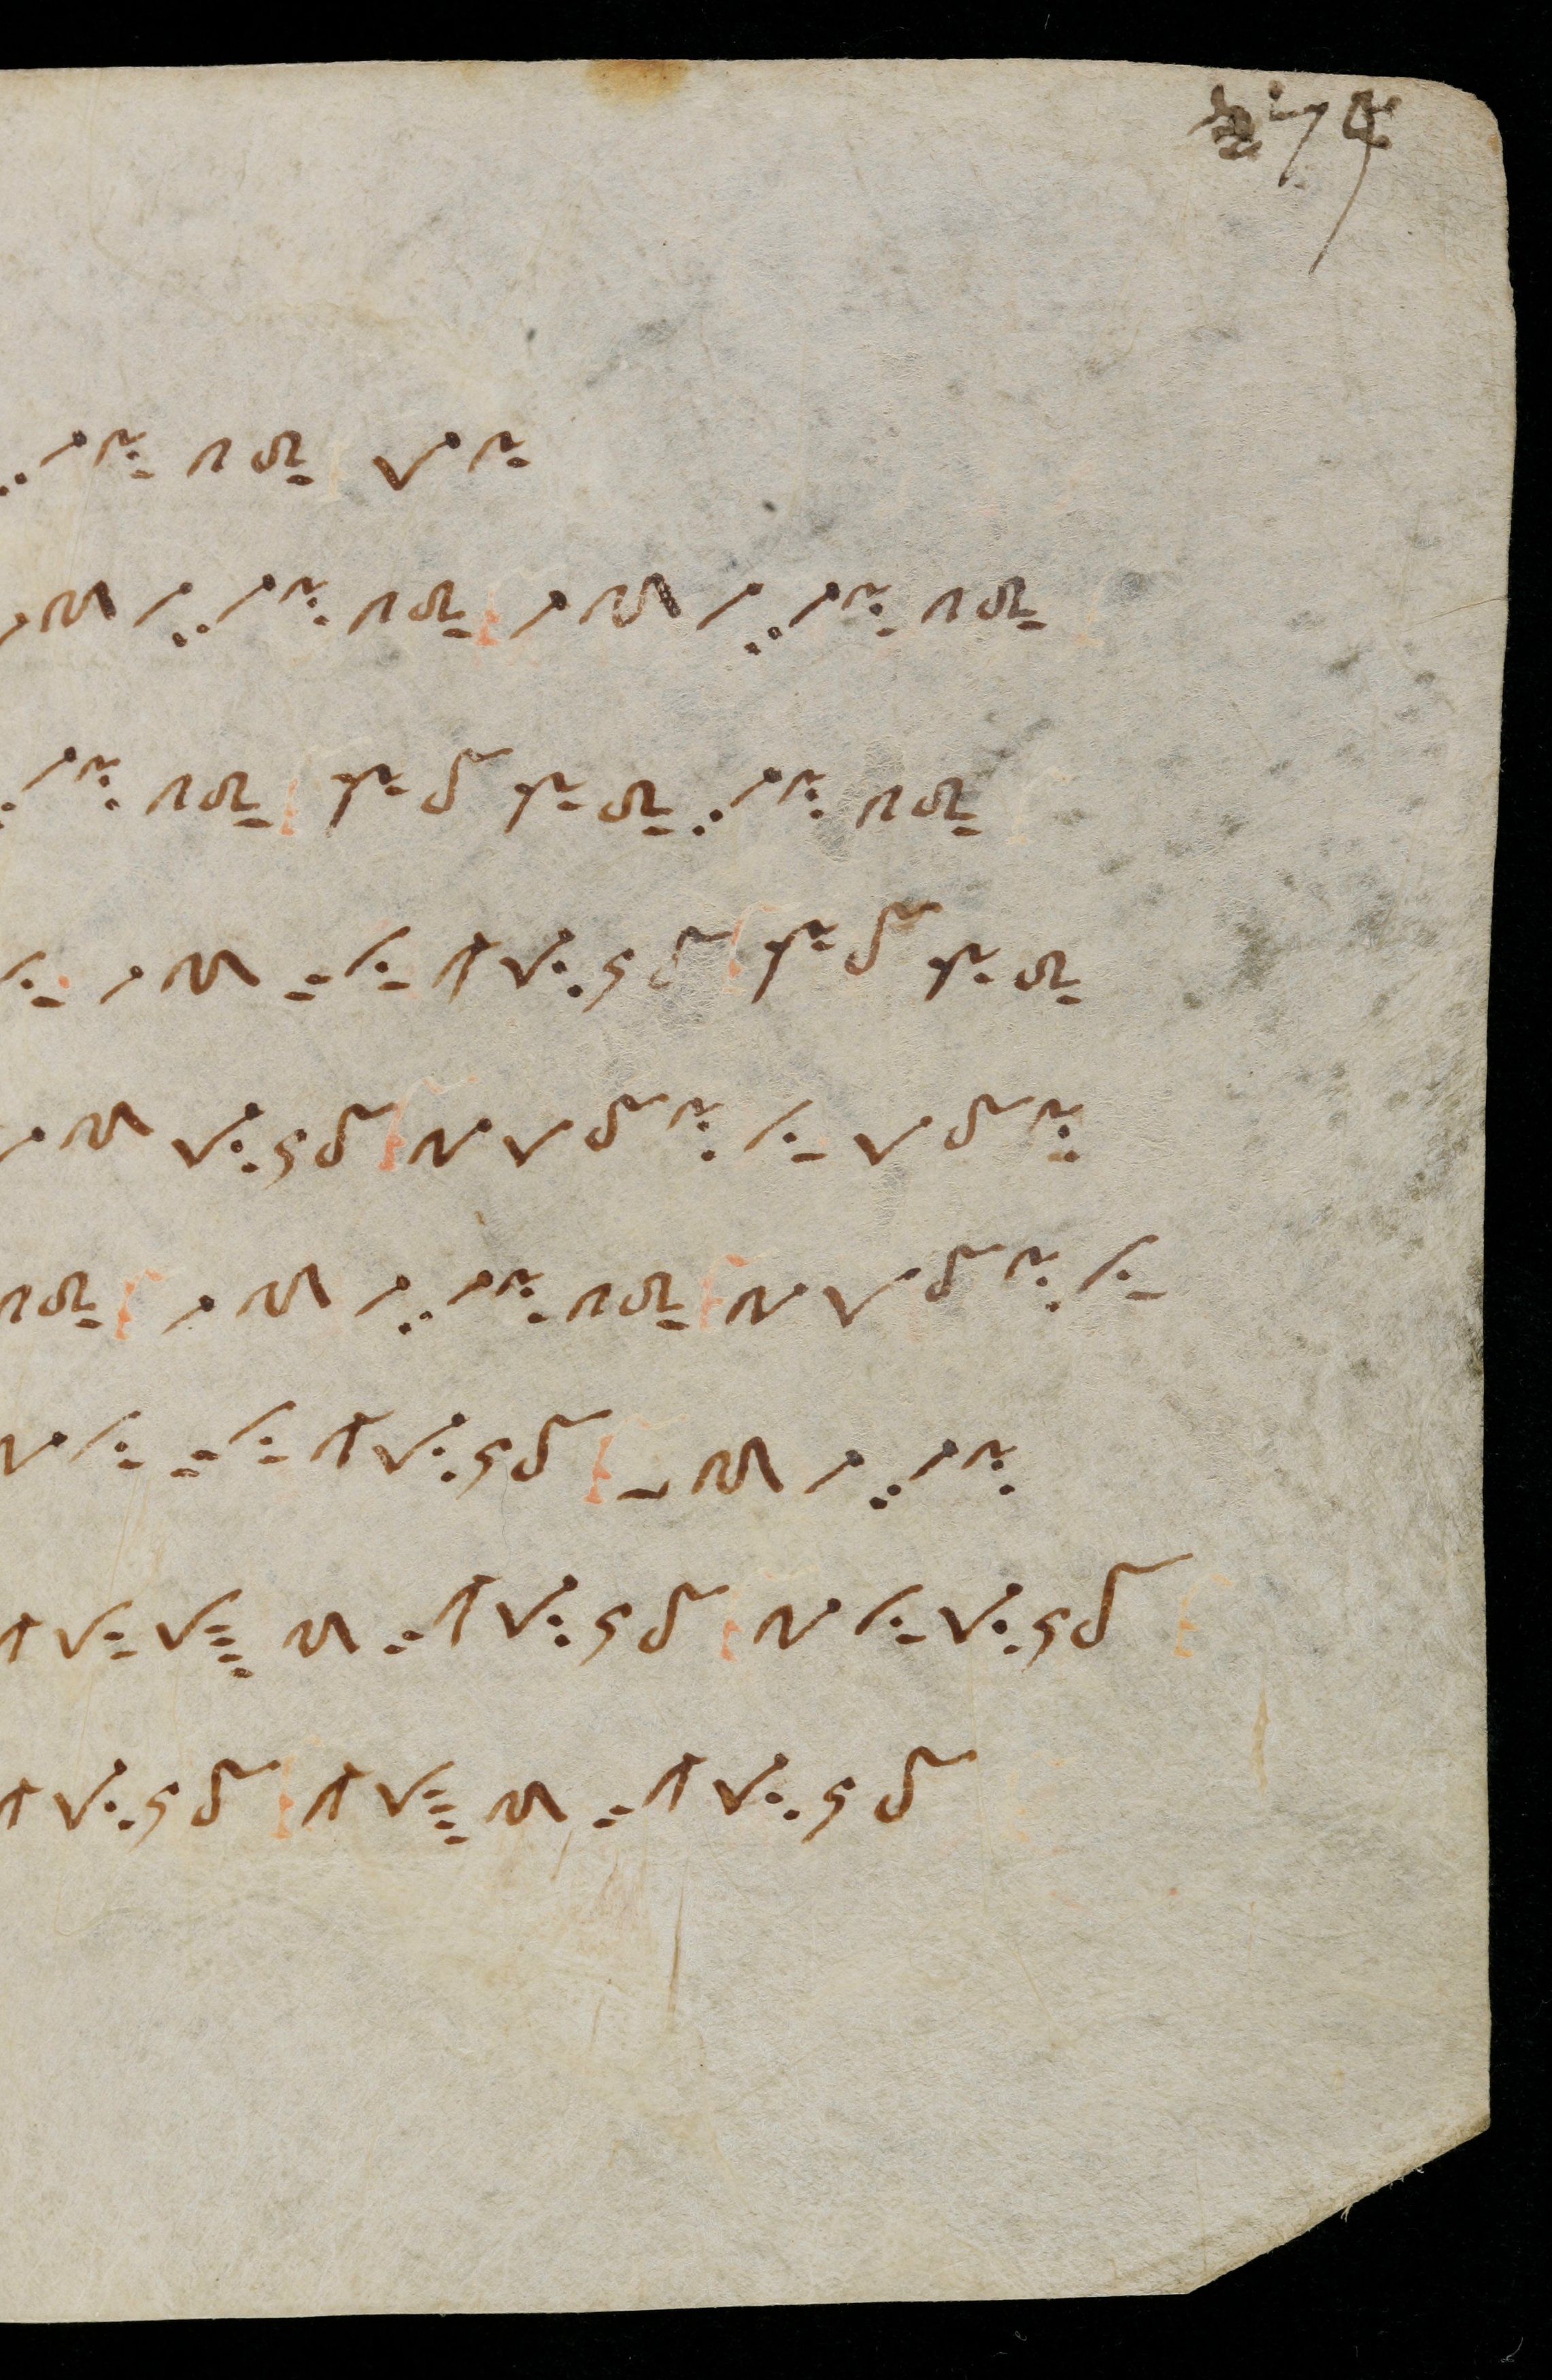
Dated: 900–999